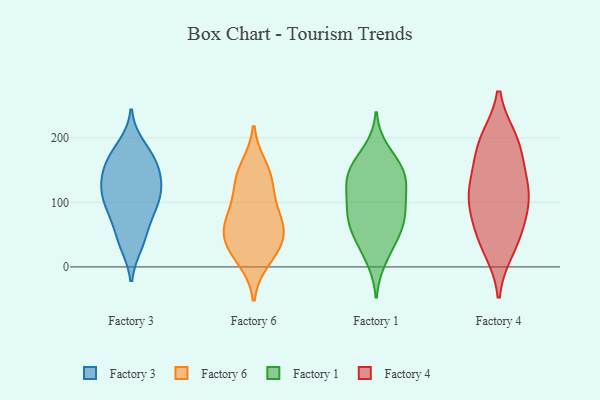
{"axis": {"x": "Page Views", "y": "Value"}, "legend": ["Factory 1", "Factory 3", "Factory 4", "Factory 6"], "data": [{"x": "", "y": 172, "type": "Factory 3"}, {"x": "", "y": 90, "type": "Factory 3"}, {"x": "", "y": 125, "type": "Factory 3"}, {"x": "", "y": 169, "type": "Factory 3"}, {"x": "", "y": 152, "type": "Factory 3"}, {"x": "", "y": 136, "type": "Factory 3"}, {"x": "", "y": 115, "type": "Factory 3"}, {"x": "", "y": 35, "type": "Factory 3"}, {"x": "", "y": 95, "type": "Factory 3"}, {"x": "", "y": 38, "type": "Factory 3"}, {"x": "", "y": 187, "type": "Factory 3"}, {"x": "", "y": 108, "type": "Factory 3"}, {"x": "", "y": 58, "type": "Factory 3"}, {"x": "", "y": 86, "type": "Factory 3"}, {"x": "", "y": 130, "type": "Factory 3"}, {"x": "", "y": 158, "type": "Factory 3"}, {"x": "", "y": 98, "type": "Factory 6"}, {"x": "", "y": 11, "type": "Factory 6"}, {"x": "", "y": 25, "type": "Factory 6"}, {"x": "", "y": 134, "type": "Factory 6"}, {"x": "", "y": 63, "type": "Factory 6"}, {"x": "", "y": 134, "type": "Factory 6"}, {"x": "", "y": 42, "type": "Factory 6"}, {"x": "", "y": 41, "type": "Factory 6"}, {"x": "", "y": 64, "type": "Factory 6"}, {"x": "", "y": 77, "type": "Factory 6"}, {"x": "", "y": 155, "type": "Factory 6"}, {"x": "", "y": 146, "type": "Factory 1"}, {"x": "", "y": 87, "type": "Factory 1"}, {"x": "", "y": 76, "type": "Factory 1"}, {"x": "", "y": 57, "type": "Factory 1"}, {"x": "", "y": 107, "type": "Factory 1"}, {"x": "", "y": 154, "type": "Factory 1"}, {"x": "", "y": 138, "type": "Factory 1"}, {"x": "", "y": 67, "type": "Factory 1"}, {"x": "", "y": 93, "type": "Factory 1"}, {"x": "", "y": 31, "type": "Factory 1"}, {"x": "", "y": 132, "type": "Factory 1"}, {"x": "", "y": 55, "type": "Factory 1"}, {"x": "", "y": 122, "type": "Factory 1"}, {"x": "", "y": 12, "type": "Factory 1"}, {"x": "", "y": 180, "type": "Factory 1"}, {"x": "", "y": 156, "type": "Factory 1"}, {"x": "", "y": 117, "type": "Factory 4"}, {"x": "", "y": 57, "type": "Factory 4"}, {"x": "", "y": 29, "type": "Factory 4"}, {"x": "", "y": 142, "type": "Factory 4"}, {"x": "", "y": 191, "type": "Factory 4"}, {"x": "", "y": 96, "type": "Factory 4"}, {"x": "", "y": 185, "type": "Factory 4"}, {"x": "", "y": 45, "type": "Factory 4"}, {"x": "", "y": 102, "type": "Factory 4"}, {"x": "", "y": 117, "type": "Factory 4"}, {"x": "", "y": 195, "type": "Factory 4"}]}